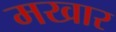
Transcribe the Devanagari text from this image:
मखार